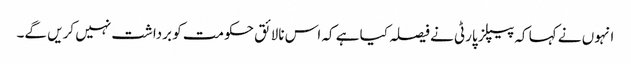
انہوں نے کہا کہ پیپلز پارٹی نے فیصلہ کیا ہے کہ اس نالائق حکومت کو برداشت نہیں کریں گے۔